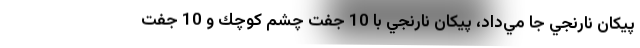
پيكان نارنجي جا مي‌داد، پيكان نارنجي با 10 جفت چشم كوچك و 10 جفت